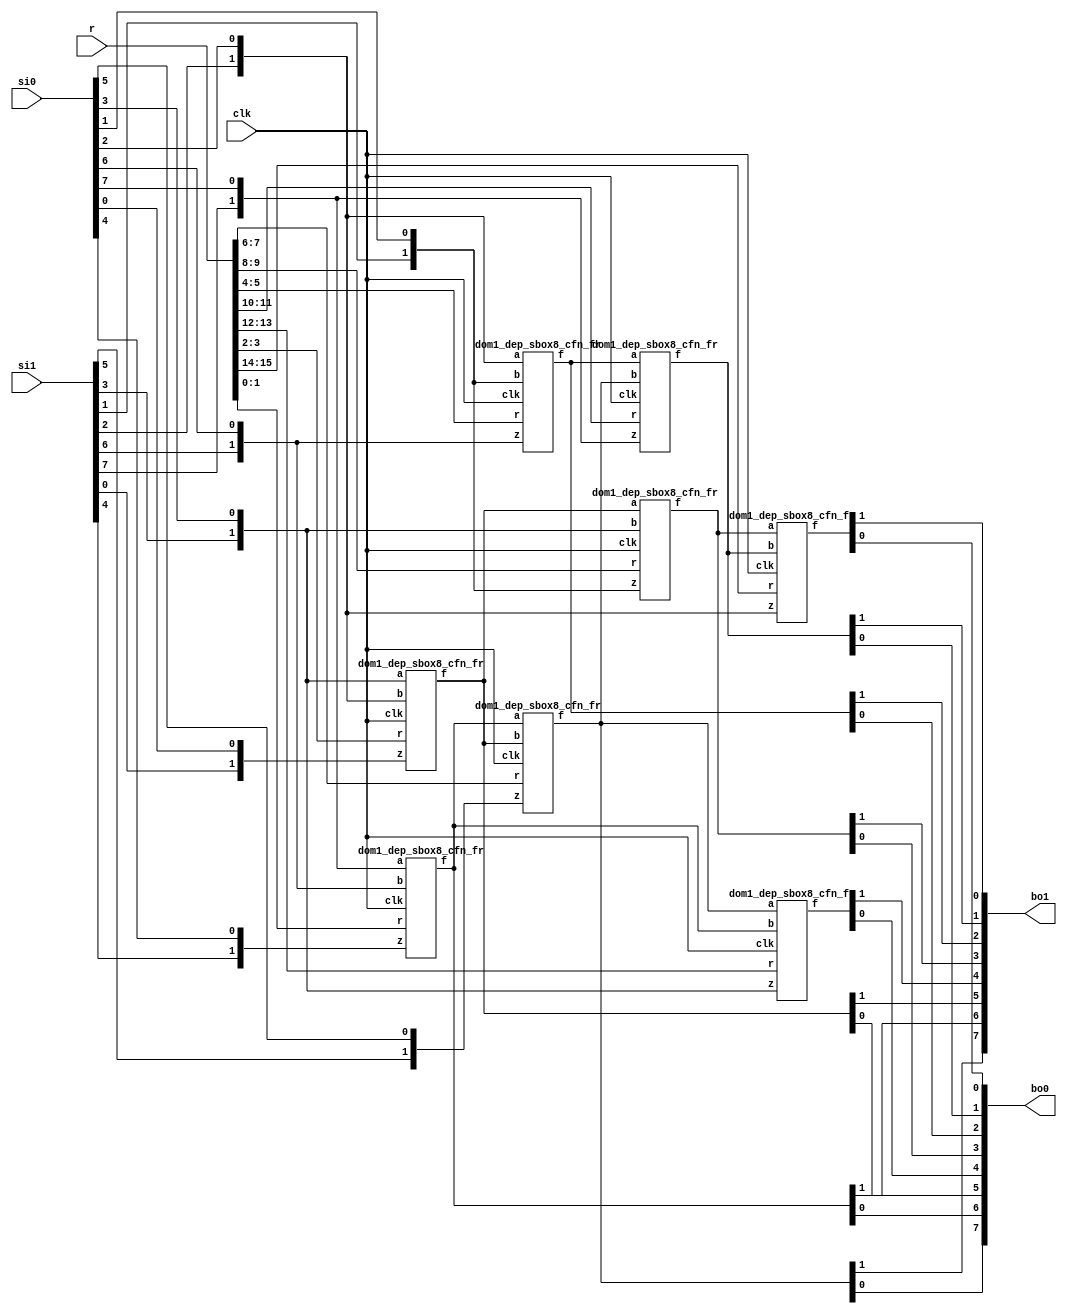
/*
 Designer: Mustafa Khairallah
 Nanyang Technological University
 Singapore
 Date: July, 2021
 */

// The DOM-dep multiplier based sbox8 with registered
// shares. Takes 4 cycles. Non-pipelined, so the input
// must remain stable for 4 cycles, including the 
// refreshing mask r.
module skinny_sbox8_dom1_dep_non_pipelined (/*AUTOARG*/
   // Outputs
   bo1, bo0,
   // Inputs
   si1, si0, r, clk
   ) ;
   output [7:0] bo1; // share 1
   output [7:0] bo0; // share 0

   input [7:0] 	si1; // share 1
   input [7:0] 	si0; // share 0
   input [15:0]  r;   // refreshing mask
   input        clk;
   
   wire [1:0]   bi7;
   wire [1:0]   bi6;
   wire [1:0]   bi5;
   wire [1:0]   bi4;
   wire [1:0]   bi3;
   wire [1:0]   bi2;
   wire [1:0]   bi1;
   wire [1:0]   bi0;

   wire [1:0]   a7;
   wire [1:0]   a6;
   wire [1:0]   a5;
   wire [1:0]   a4;
   wire [1:0]   a3;
   wire [1:0]   a2;
   wire [1:0]   a1;
   wire [1:0]   a0;
 
   assign bi0 = {si1[0],si0[0]};
   assign bi1 = {si1[1],si0[1]};
   assign bi2 = {si1[2],si0[2]};
   assign bi3 = {si1[3],si0[3]};
   assign bi4 = {si1[4],si0[4]};
   assign bi5 = {si1[5],si0[5]};
   assign bi6 = {si1[6],si0[6]};
   assign bi7 = {si1[7],si0[7]};
   
   dom1_dep_sbox8_cfn_fr b764 (a0,bi7,bi6,bi4,r[ 1: 0],clk);
   dom1_dep_sbox8_cfn_fr b320 (a1,bi3,bi2,bi0,r[ 3: 2],clk);
   dom1_dep_sbox8_cfn_fr b216 (a2,bi2,bi1,bi6,r[ 5: 4],clk);
   dom1_dep_sbox8_cfn_fr b015 (a3,a0, a1, bi5,r[ 7: 6],clk);
   dom1_dep_sbox8_cfn_fr b131 (a4,a1, bi3,bi1,r[ 9: 8],clk);
   dom1_dep_sbox8_cfn_fr b237 (a5,a2, a3, bi7,r[11:10],clk);
   dom1_dep_sbox8_cfn_fr b303 (a6,a3, a0, bi3,r[13:12],clk);
   dom1_dep_sbox8_cfn_fr b422 (a7,a4, a5, bi2,r[15:14],clk);

   assign {bo1[6],bo0[6]} = a0;
   assign {bo1[5],bo0[5]} = a1;
   assign {bo1[2],bo0[2]} = a2;
   assign {bo1[7],bo0[7]} = a3;
   assign {bo1[3],bo0[3]} = a4;
   assign {bo1[1],bo0[1]} = a5;
   assign {bo1[4],bo0[4]} = a6;
   assign {bo1[0],bo0[0]} = a7;
   
endmodule // skinny_sbox8_dom1_dep_non_pipelined

module dom1_dep_sbox8_cfn_fr (/*AUTOARG*/
   // Outputs
   f,
   // Inputs
   a, b, z, r, clk
   ) ;
   output [1:0]        f;
   input [1:0]         a, b, z;
   input [1:0] 	       r;
   input 	       clk;

   wire [1:0] 	       x, y;	      
   reg [1:0] 	       g, t;

   assign x = {a[1],~a[0]};
   assign y = {b[1],~b[0]};
   
   always @ (posedge clk) begin
      g[1] <= y[1] ^ r[0];
      g[0] <= y[0] ^ r[0];      
   end

   always @(posedge clk) begin
      t[1] <= (x[1]&r[0])^r[1]^z[1];
      t[0] <= (x[0]&r[0])^r[1]^z[0];
   end

   assign f[1] = x[1]&(y[1]^g[0])^t[1];
   assign f[0] = x[0]&(y[0]^g[1])^t[0];
   
endmodule // dom1_dep_sbox8_cfn_fr